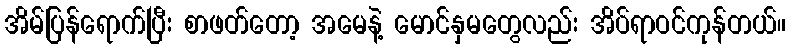
အိမ်ပြန်ရောက်ပြီး စာဖတ်တော့ အမေနဲ့ မောင်နှမတွေလည်း အိပ်ရာဝင်ကုန်တယ်။